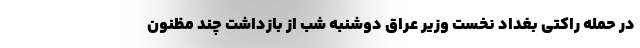
در حمله راکتی بغداد نخست وزیر عراق دوشنبه شب از بازداشت چند مظنون